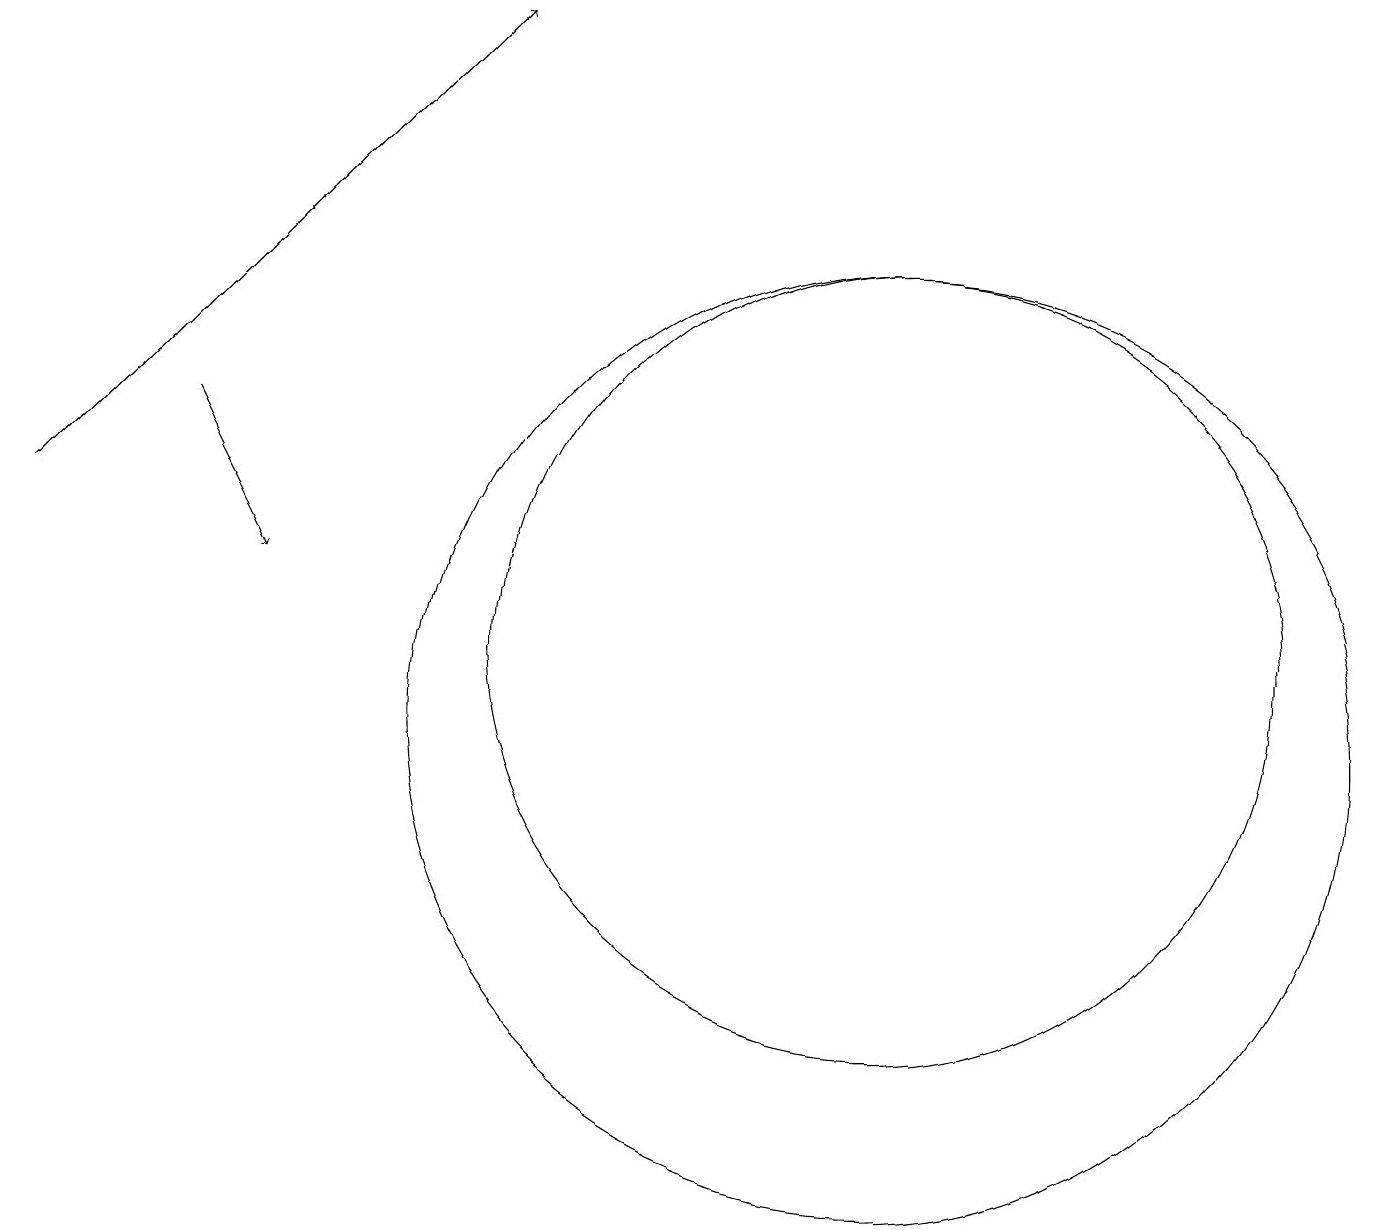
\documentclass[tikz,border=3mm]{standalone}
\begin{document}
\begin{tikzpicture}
\draw[->] (2,14) -- (3,12);
\draw (11,11) circle (5);
\draw (11,10) circle (6);
\draw[->] (0,13) -- (6,19);
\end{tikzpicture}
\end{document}